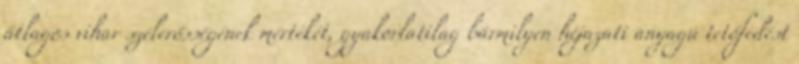
átlagos vihar szélerősségének mértékét, gyakorlatilag bármilyen héjazati anyagú tetőfedést